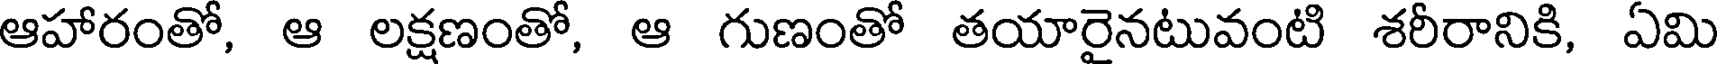
ఆహారంతో, ఆ లక్షణంతో, ఆ గుణంతో తయారైనటువంటి శరీరానికి, ఏమి